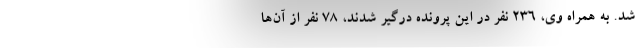
شد. به همراه وی، ۲۳۶ نفر در این پرونده درگیر شدند، ۷۸ نفر از آن‌ها